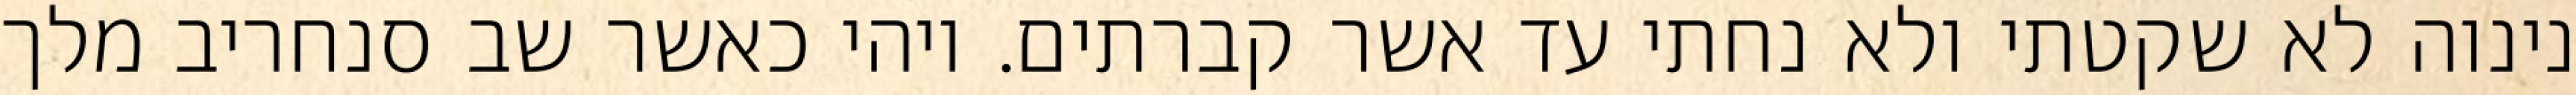
נינוה לא שקטתי ולא נחתי עד אשר קברתים. ויהי כאשר שב סנחריב מלך